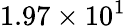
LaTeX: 1.97\times 10^{1}